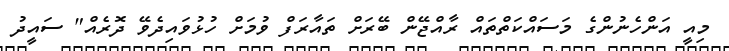
މިއީ އަންހެނުންގެ މަސައްކަތްތައް ރާއްޖޭން ބޭރަށް ތައާރަފް ވުމަށް ހުޅުވައިދެވޭ ދޮރެއް" ސައީދު